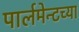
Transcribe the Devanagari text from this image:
पार्लमेन्टच्या